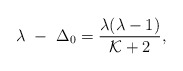
\begin{align*}\lambda~-~\Delta_0 ={\lambda(\lambda -1)\over {\cal K}+2},\end{align*}